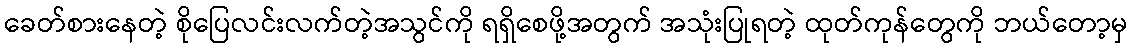
ခေတ်စားနေတဲ့ စိုပြေလင်းလက်တဲ့အသွင်ကို ရရှိစေဖို့အတွက် အသုံးပြုရတဲ့ ထုတ်ကုန်တွေကို ဘယ်တော့မှ